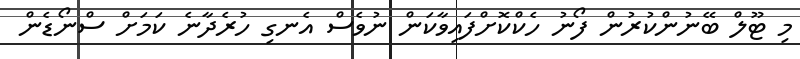
މި ޓޫލް ބޭނުންކުރުން ފޯނު ހެކްކޮށްފައިވާކަން ނުވެސް އެނގި ހުރެދާނެ ކަމަށް ސްނޯޑެން